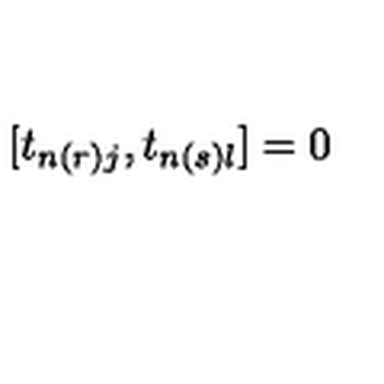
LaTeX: [ t _ { n ( r ) j } , t _ { n ( s ) l } ] = 0